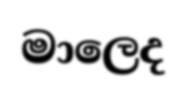
මාලෙද